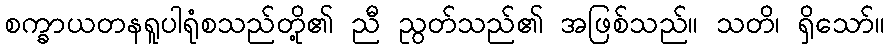
စက္ခာယတနရူပါရုံစသည်တို့၏ ညီ ညွတ်သည်၏ အဖြစ်သည်။ သတိ၊ ရှိသော်။